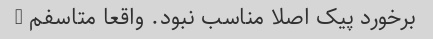
برخورد پیک اصلا مناسب نبود. واقعا متاسفم …